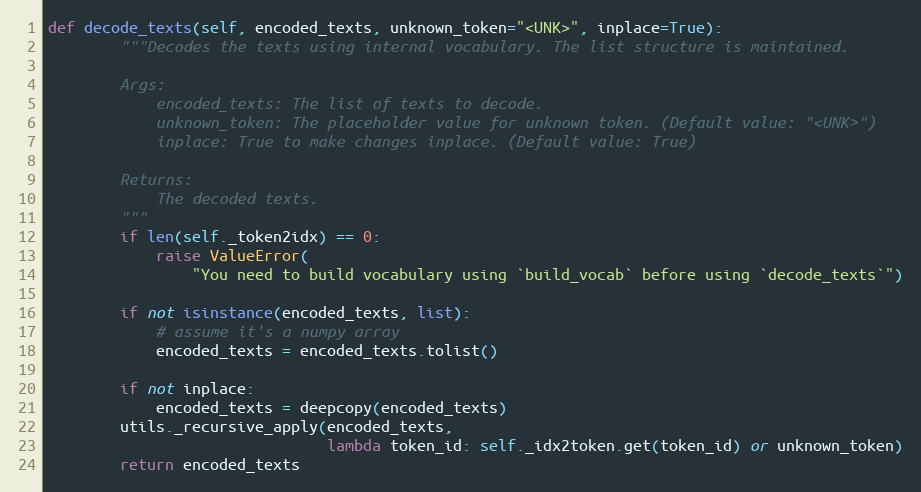
Language: Python
def decode_texts(self, encoded_texts, unknown_token="<UNK>", inplace=True):
        """Decodes the texts using internal vocabulary. The list structure is maintained.

        Args:
            encoded_texts: The list of texts to decode.
            unknown_token: The placeholder value for unknown token. (Default value: "<UNK>")
            inplace: True to make changes inplace. (Default value: True)

        Returns:
            The decoded texts.
        """
        if len(self._token2idx) == 0:
            raise ValueError(
                "You need to build vocabulary using `build_vocab` before using `decode_texts`")

        if not isinstance(encoded_texts, list):
            # assume it's a numpy array
            encoded_texts = encoded_texts.tolist()

        if not inplace:
            encoded_texts = deepcopy(encoded_texts)
        utils._recursive_apply(encoded_texts,
                               lambda token_id: self._idx2token.get(token_id) or unknown_token)
        return encoded_texts